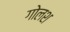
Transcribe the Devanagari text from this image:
गोलश